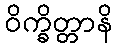
ဝိက္ခိတ္တာနိ